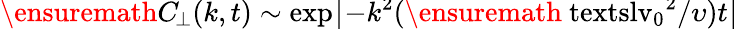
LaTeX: \ensuremath{C_{\! \! \: \perp}}(k,t)\sim\smash{\exp\bigl[-k^{2}(\ensuremath{\mathrm{\ textsl{v}}_{0}}^{2}/\upsilon)t\bigr]}